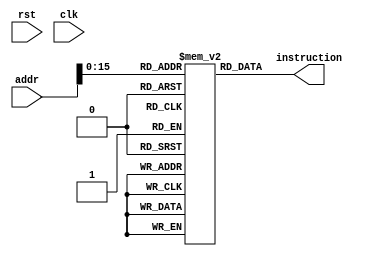
`timescale 1ns/1ps

module Instruction (rst , clk , addr , instruction);
input wire rst, clk;
input wire[31:0] addr;
output wire[31:0] instruction;
reg[31:0] mem [65535:0];

initial begin
   mem[0] = 32'b00000000100000001000000000100000;   // add $s0, $a0, $0
   mem[1] = 32'b00000000101000001000100000100000;   // add $s1, $a1, $0
   mem[2] = 32'b00100010001100101111111111111111;   // addi $s2, $s1, -1
   mem[3] = 32'b01100010010000000000000000001101;   // Loop1: beq $s2, $0, exit1
   mem[4] = 32'b00000000000000001001100000100000;   // add $s3, $0, $0 
   mem[5] = 32'b01100010011100100000000000001001;   // Loop2: beq $s3, $s2, exit2
   mem[6] = 32'b00000010000100110100000000100000;   // add $t0, $s0, $s3
   mem[7] = 32'b10001101000101000000000000000000;   // lw $s4, 0($t0)
   mem[8] = 32'b10001101000101010000000000000001;   // lw $s5, 1($t0)
   mem[9] = 32'b01111010100101010000000000000011;   // ble $s4, $s5, afterswap
   mem[10] = 32'b10101101000101000000000000000001;  // sw $s4, 1($t0)
   mem[11] = 32'b10101101000101010000000000000000;  // sw $s5, 0($t0)
   mem[12] = 32'b00100010011100110000000000000001;  // addi $s3, $s3, 1
   mem[13] = 32'b00001000000000000000000000000101;  // j Loop2
   mem[14] = 32'b00100010010100101111111111111111;  // addi $s2, $s2, -1
   mem[15] = 32'b00001000000000000000000000000011;  // j Loop1
   mem[16] = 32'b01100000000000000000000000000000;  // exit1: beq $0, $0, 0
end

assign instruction = mem[addr[15:0]];
endmodule


module Data (rst, clk, addr, w_en, data_out, data_in);
input wire rst, clk, w_en;
input wire[31:0] addr, data_in;
output wire[31:0] data_out;
reg[31:0] mem[65535:0];
assign data_out = mem[addr[15:0]];

initial begin
   mem[0] = 15;
   mem[1] = 43;
   mem[2] = 22;
   mem[3] = 8;
   mem[4] = 62;
end

initial begin
   $monitor("%d %d %d %d %d",mem[0],mem[1],mem[2],mem[3],mem[4]);
end

always@(posedge clk) begin
   if (w_en) begin
        mem[addr[15:0]] = data_in;
   end
end
endmodule